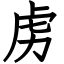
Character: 虏